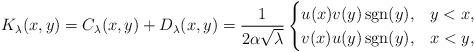
LaTeX: \begin{align*}K_\lambda(x,y)=C_\lambda(x,y) + D_\lambda(x,y)=\frac{1}{2\alpha\sqrt{\lambda}}\begin{cases} u(x) v(y) \operatorname{sgn}(y), & y<x, \\ v(x) u(y)\operatorname{sgn}(y), & x<y, \end{cases}\end{align*}